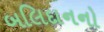
બલિદાનનો